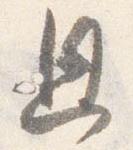
恩